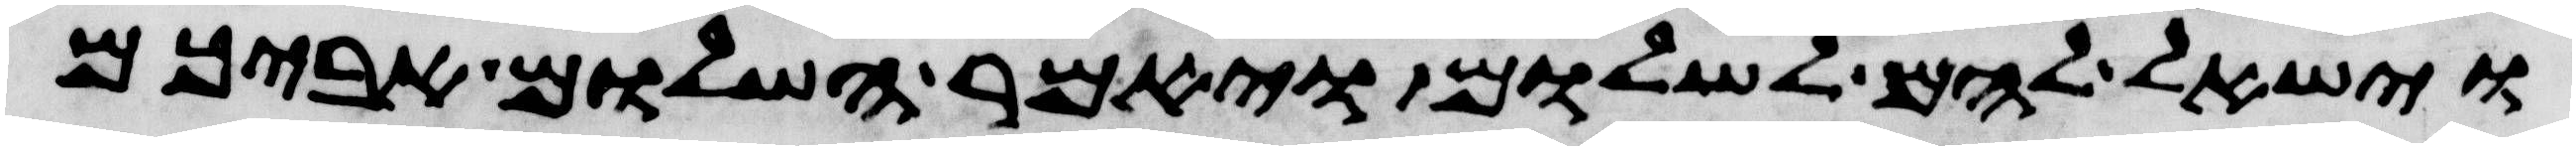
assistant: וישאל להם לשלום ויאמר השלום אביכם